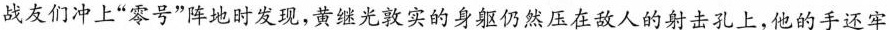
战友们冲上”零号”阵地时发现，黄继光敦实的身躯仍然压在敌人的射击孔上，他的手还牢